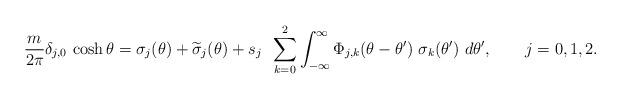
LaTeX: \begin{align*}{m\over2\pi} \delta_{j,0}\,\cosh\theta= \sigma_j(\theta)+\widetilde{\sigma}_j(\theta)+ s_j\,\ \sum_{k=0}^2 \int_{-\infty}^\infty \Phi_{j,k}(\theta-\theta') \,\,\sigma_k(\theta') \,\, d\theta', \qquad j=0,1,2. \end{align*}